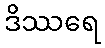
ဒိဿရေ